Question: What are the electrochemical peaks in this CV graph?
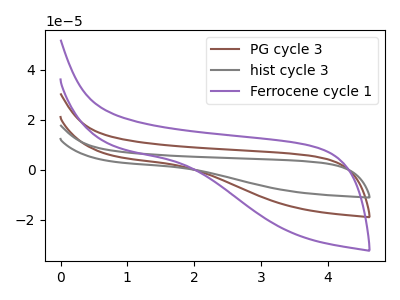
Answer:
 <answer>The brown curve "PG cycle 3" has no peaks. The gray curve "hist cycle 3" has no peaks. The purple curve "Ferrocene cycle 1" has no peaks.</answer>
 <eval></eval>